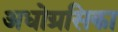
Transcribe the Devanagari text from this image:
अधोग्रसिका